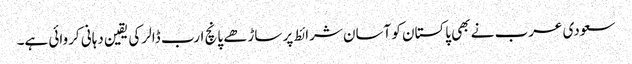
سعودی عرب نے بھی پاکستان کو آسان شرائط پر ساڑھے پانچ ارب ڈالر کی یقین دہانی کروائی ہے۔